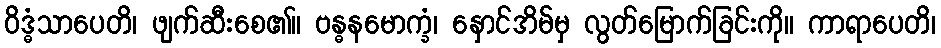
ဝိဒ္ဓံသာပေတိ၊ ဖျက်ဆီးစေ၏။ ဗန္ဓနမောက္ခံ၊ နှောင်အိမ်မှ လွတ်မြောက်ခြင်းကို။ ကာရာပေတိ၊